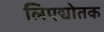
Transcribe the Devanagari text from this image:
लिएद्योतक